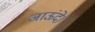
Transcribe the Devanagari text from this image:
जाऊंदे।